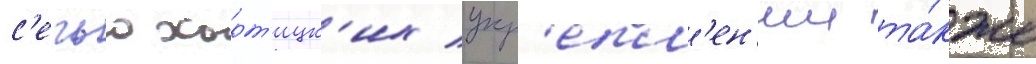
с'ечью хорт'ицк'их укр'епл'ен'ии та́кже